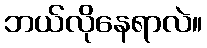
ဘယ်လိုနေရာလဲ။